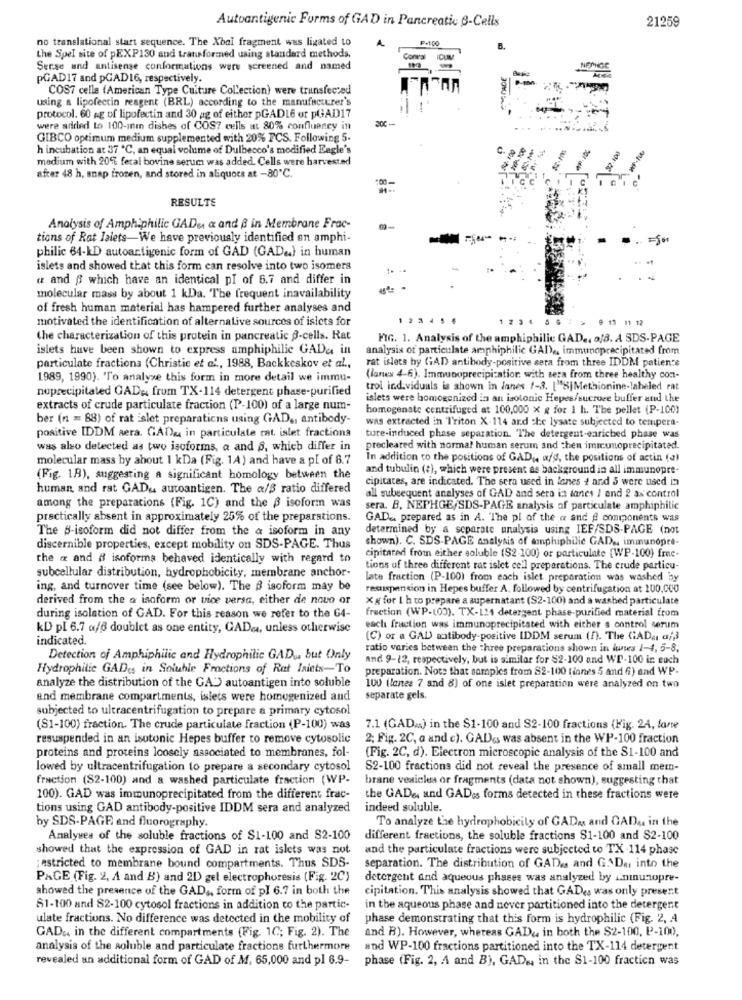
Autoantigenic Forms of GAD in Pancreatic B-Cells
21259
no translational start sequence. The Xbal fragment was ligated to
P+100
the Spel site of pEXP150 and transformed using standard methods.
Conr'sl
Serse und antisense conformations were screened and named
NETHGR
pGAD17 and pGAD16, respectively.
COS7 cella (American Type Culture Collection) were transfeccad
using & lipofectin reagent (BRL) according to the manufacturer's
protocol. 60 ag of lipofectin and 30 ag of either pGADLe or pGAD17
ECC.
were added to 100-min dishes of COS? cells at 80% confluency in
GIBCO optimum medium supplemented with 20% FCS. Following 5.
h incubation at 37 ℃, an equal volume of Dulbecco's modified Eagle's
c.
medium with 20% feral bovine serum was added. Cells were harvested
after 48 h, snap frozen, and stored in aliquocs at -80℃.
RESULTE
Analysis of Amphiphilic GADu a and B in Membrane Frac-
tions of Rat Jalets-We have previously identified an amphi-
--
philic 64-kD autoartigenic form of GAD (GAD .. } in human
islets and showed that this form can resolve into two isomers
a and B which have an identical pl of 6.7 and differ in
molecular mass by about 1 kDa. The frequent inavailability
of fresh human material has hampered further analyses and
motivated the identification of alternative sources of islets for
9 19 11 12
the characterization of this protein in pancreatic 3-cells. Rat
FIG. 1. Analysis of the amphiphilic GAD .. 0/8. A SDS-PAGE
islets have been shown to express amphiphilic GADa in
analysis of particulate amphiphilic GAI ,, immunoprecipitated from
rat islets by GAD antibody-positive sera from three IDDM patien's
particulate fractions (Christie et al ., 1988, Backkeskov et al .,
1989, 1990). 'To analyze this form in more detail we immu-
(lanes 4-6). Immunoprecipi:atior with sera from three healthy con-
noprecipitated GADA from TX-114 detergent phase-purified
trol ind.viduals is shown in lanes 1-3. ["S|Methionine-labeled rat
islets were homogenized in an isotonic Hepes/sucroce buffer and the
extracts of crude particulate fraction (P-100) of a large num-
homogenate centrifuged at 100,000 x g for 1 h. The pellet (P-100)
ber (n = 88) of rat islet preparations using GAD ., antibody-
was extracted in Triton X-114 and che lysate subjected to tempera-
positive IDDM sera. GADu in particulate cat. islet fractions
ture-induced phase separation. 'The detergent-enriched phase was
was also detected as two isoforms, a and S, which differ in
precleared with normal human serum and then immunoprecipitated.
molecular mass by about 1 kDa (Fig. 1A) and have a pl of 6.7
In addition to the positions of GAD ,, a/d, the positions of actin (a)
and tubulin (+), which were present as background in all immunopre-
(Fig. 18), suggesting a significant homology between the
cipitates, are indicated. The sera used in lanes 4 and 5 were used in
human and rat GAD& autoantigen. The a/S ratio differed
all subsequent analyses of GAD and sera in dones / end 2 as control
among the preparations (Fig. 1C) and the B isoform was
sera. B. NEPHGE,SDS-PAGE analysis of particulate amphiphilic
practically absent in approximately 25% of the preparations.
GAD .. prepared as in A. The pl of the a and & components was
The #-isoform did not differ from the & isoform in any
determined by a separate unalysis using IEF/SDS-PAGE (not
shown). C. SDS-PAGE analysis of amphiphilic GAD ., immunopre-
discernible properties, except mobility on SDS-PAGE. Thus
the a and # isoforms behaved identically with regard to
cipitared from either soluble ($2 -100) or particulate (WP-100) free-
subcellular distribution, hydrophobicity, membrane anchor-
tions of three different rat isict cell preparations. The crude particu-
late fraction (P-100) from each islet preparation was washed by
ing, and turnover time (see below). The B isoform may be
resuspension in Hepes buffer A, followed by centrifugation at 100.000
derived from the a isaform or vice versa, either de nouo or
Xg for 1 h to prepare a supernatant (S2-100) and a washed particulate
fraction (WP-103). TX-124 detergent phase-purified material from
during isolation of GAD. For this reason we refer to the G4-
KD pl 6.7 a/ doublet as one entity, GADe, unless otherwise
each fraction was immunoprecipitated with either s control serum
indicated.
(C) or a GAD) antibody-positive [DDM serum (/). The GAD ,, a/3
ratio varies between the three preparations shown in luws 1-4, 5-8.
Detection of Amphiphilic and Hydrophilic GAD .. but Only
and 9-12, respectively, but is similar for $2-100 and WP-100 iz euch
Hydrophilic GAD(s in Soluble Fractions of Rat Isiets-To
preparation. Note that samples from $2-100 (ianes 5 and 6) and WP-
analyze the distribution of the GA") autoantigen into soluble
100 (lanes 7 and 8) of one islet preparation were analyzed on two
and membrane compartments, islets were homogenized and
separate gels.
subjected to ultracentrifugation to prepare a primary cytosol
(S1-100) fraction. The crude particulate fraction (P-100) was
7.1 (GAD.) in the $1-100 and $2-100 fractions (Fig. 2A, lone
resuspended in an isotonic Hepes buffer to remove cytosolic
2; Fig. 2C, a and c). GADes was absent in the WP-100 fraction
proteins and proteins loosely associated to membranes, fol-
(Fig. 2C, d). Electron microscopic analysis of the S1-100 and
lowed by ultracentrifugation to prepare a secondary cytosol
S2-100 fractions did not reveal the presence of small mem-
fraction (S2-100) and a washed particulate fraction (WP-
brane vesicles or fragments (data not shown), suggesting that
100). GAD was immunoprecipitated from the different frac-
the GADe, and GAD's forms detected in these fractions were
tions using GAD antibody-positive IDDM sera and analyzed
indeed soluble.
To analyze the hydrophobicity of GADas and GAD ,. in the
by SDS-PAGE and fluorography.
Analyses of the soluble fractions of $1-100 and $2-100
different fractions, the soluble fractions $1-100 and $2-100
showed that the expression of GAD in rat islets was not
and the particulate fractions were subjected to TX 114 phase
:estricted to membrane bound compartments. Thus SDS-
separation. The distribution of GADes and G. D ., into the
PAGE (Fig. 2, A and B) and 21) gel electrophoresis (Fig. 2C)
detergent and aqueous phases was analyzed by ininunopre-
showed the presence of the GAD ,, form of pl 6.7 in both the
cipitation. This analysis showed that GADes was only present
81-100 and 82-100 cytosol fractions in addition to the partic-
in the aqueous phase and never partitioned into the detergent
ulate fractions. No difference was detected in the mobility of
phase demonstrating that this form is hydrophilic (Fig. 2, A
and B). However, whereas GAD&, in both the $2-100, P-100,
GAD&, in the different compartments (Fig. 1C; Fig. 2). The
analysis of the soluble and particulate fractions furthermore
wod WP-100 fractions partitioned into the TX-114 detergent
revealed an additional form of GAD of M. 65,000 and pl 6.9-
phase (Fig. 2, A and B), GAD ., in the S1-100 fraction was